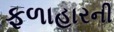
ફળાહારની